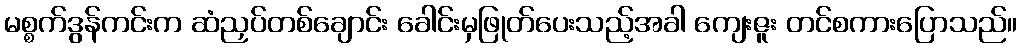
မစ္စက်ဒွန်ကင်းက ဆံညှပ်တစ်ချောင်း ခေါင်းမှဖြုတ်ပေးသည့်အခါ ကျေးဇူး တင်စကားပြောသည်။